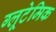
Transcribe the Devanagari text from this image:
ग्लूटेमिक